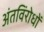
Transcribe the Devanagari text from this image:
अंतविंरोधों